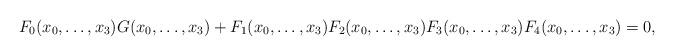
LaTeX: \begin{align*}F_0(x_0,\dots, x_3)G(x_0,\dots, x_3)+F_1(x_0,\dots, x_3)F_2(x_0,\dots, x_3)F_3(x_0,\dots, x_3)F_4(x_0,\dots, x_3)=0, \end{align*}